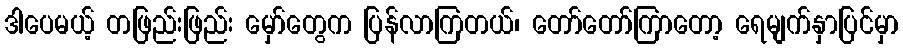
ဒါပေမယ့် တဖြည်းဖြည်း မှော်တွေက ပြန်လာကြတယ်၊ တော်တော်ကြာတော့ ရေမျက်နှာပြင်မှာ